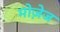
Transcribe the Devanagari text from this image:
मोज़ेज